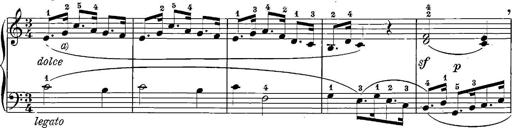
Title: 12 Sonatinas
Composer: Ignaz Pleyel